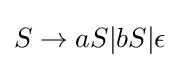
S\to aS|bS|\epsilon